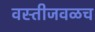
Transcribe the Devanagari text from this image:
वस्तीजवळच